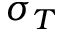
\sigma _ { T }